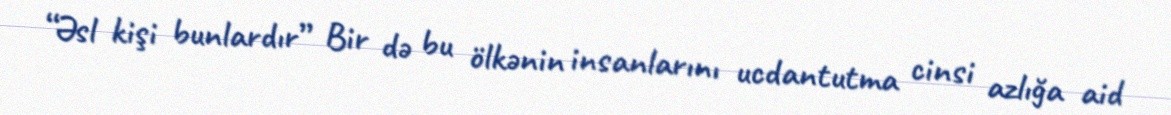
“Əsl kişi bunlardır” Bir də bu ölkənin insanlarını ucdantutma cinsi azlığa aid